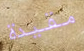
مقيدة